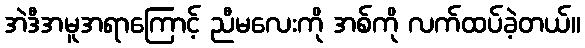
အဲဒီအမူအရာကြောင့် ညီမလေးကို အစ်ကို လက်ထပ်ခဲ့တယ်။